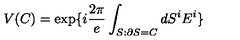
V ( C ) = \exp \{ i \frac { 2 \pi } { e } \int _ { S : \partial S = C } d S ^ { i } E ^ { i } \}